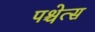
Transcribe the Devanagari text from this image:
पश्चेत्स